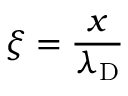
\xi = { \frac { x } { \lambda _ { \mathrm { D } } } }